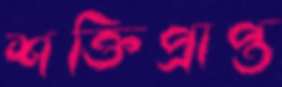
শক্তিপ্রাপ্ত